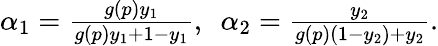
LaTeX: \begin{array}{r}{\alpha_{1}=\frac{g(p)y_{1}}{g(p)y_{1}+1-y_{1}},\ \ \alpha_{2}=\frac{y_{2}}{g(p)(1-y_{2})+y_{2}}.}\end{array}